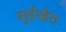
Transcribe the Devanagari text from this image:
सुईखेत